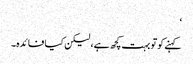
‘
کہنے کوتو بہت کچھ ہے، لیکن کیا فائدہ۔